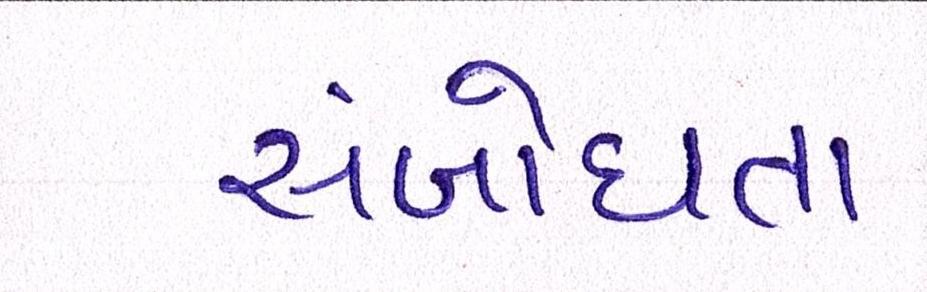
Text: સંબોધતા